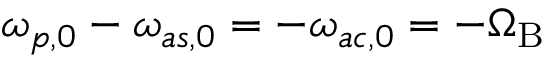
\omega _ { p , 0 } - \omega _ { a s , 0 } = - \omega _ { a c , 0 } = - \Omega _ { \mathrm { B } }